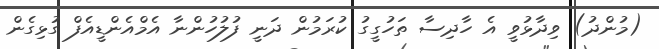
(މުންދު) ވިދާޅުވީ އެ ހާދިސާ ތަހުގީގު ކުރަމުން ދަނީ ފުލުހުންނާ އެމްއެންޑީއެފް ގުޅިގެން